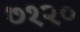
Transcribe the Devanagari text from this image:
७१२०